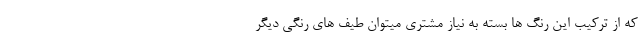
که از ترکیب این رنگ ها بسته به نیاز مشتری میتوان طیف های رنگی دیگر